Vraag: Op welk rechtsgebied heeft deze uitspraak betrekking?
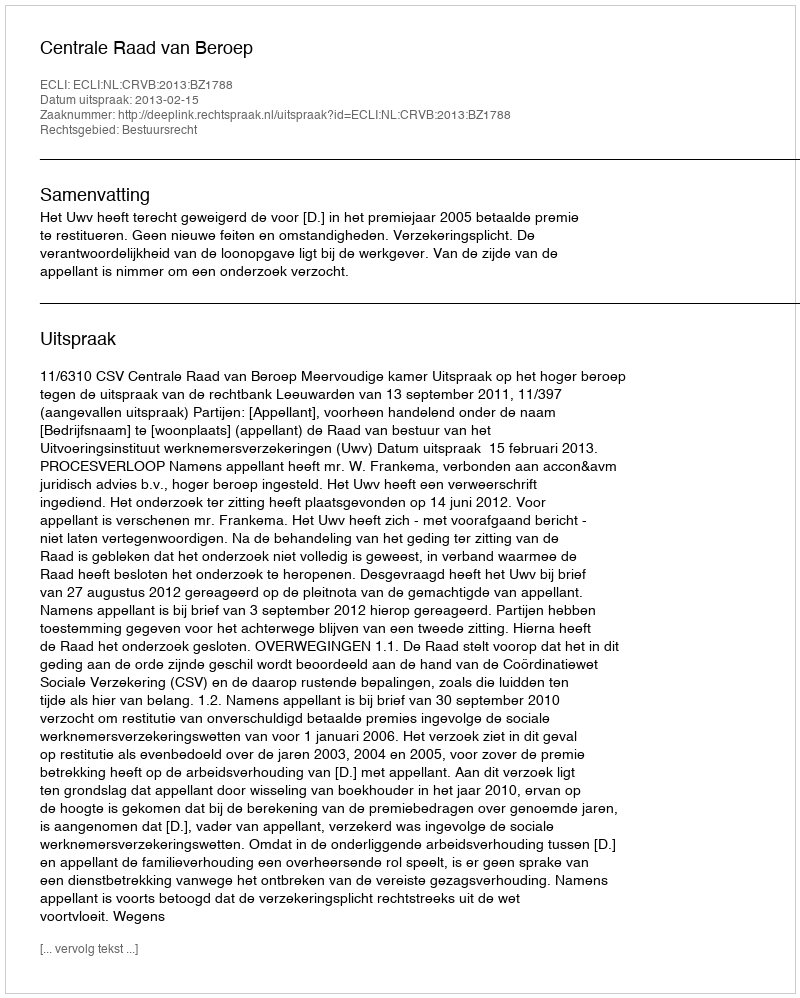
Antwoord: Bestuursrecht